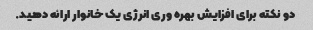
دو نکته برای افزایش بهره وری انرژی یک خانوار ارائه دهید.